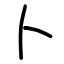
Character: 卜